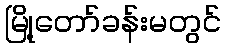
မြို့တော်ခန်းမတွင်